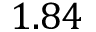
1 . 8 4